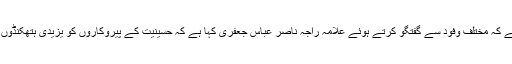
شیعت نیوز نے اطلاع دی ہے کہ مختلف وفود سے گفتگو کرتے ہوئے علامہ راجہ ناصر عباس جعفری کہا ہے کہ حسینیت کے پیروکاروں کو یزیدی ہتھکنڈوں سے خائف نہیں کیا جا سکتا۔